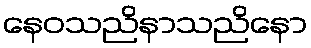
နေဝသညိနာသညိနော